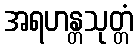
အရဟန္တသုတ္တံ